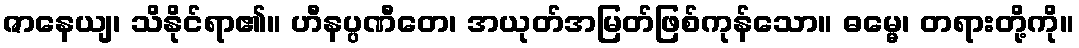
ဇာနေယျ၊ သိနိုင်ရာ၏။ ဟီနပ္ပဏီတေ၊ အယုတ်အမြတ်ဖြစ်ကုန်သော။ ဓမ္မေ၊ တရားတို့ကို။